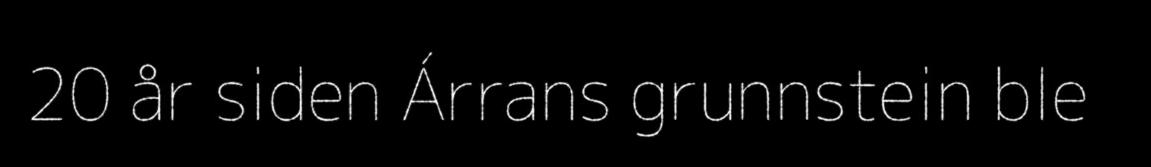
20 år siden Árrans grunnstein ble